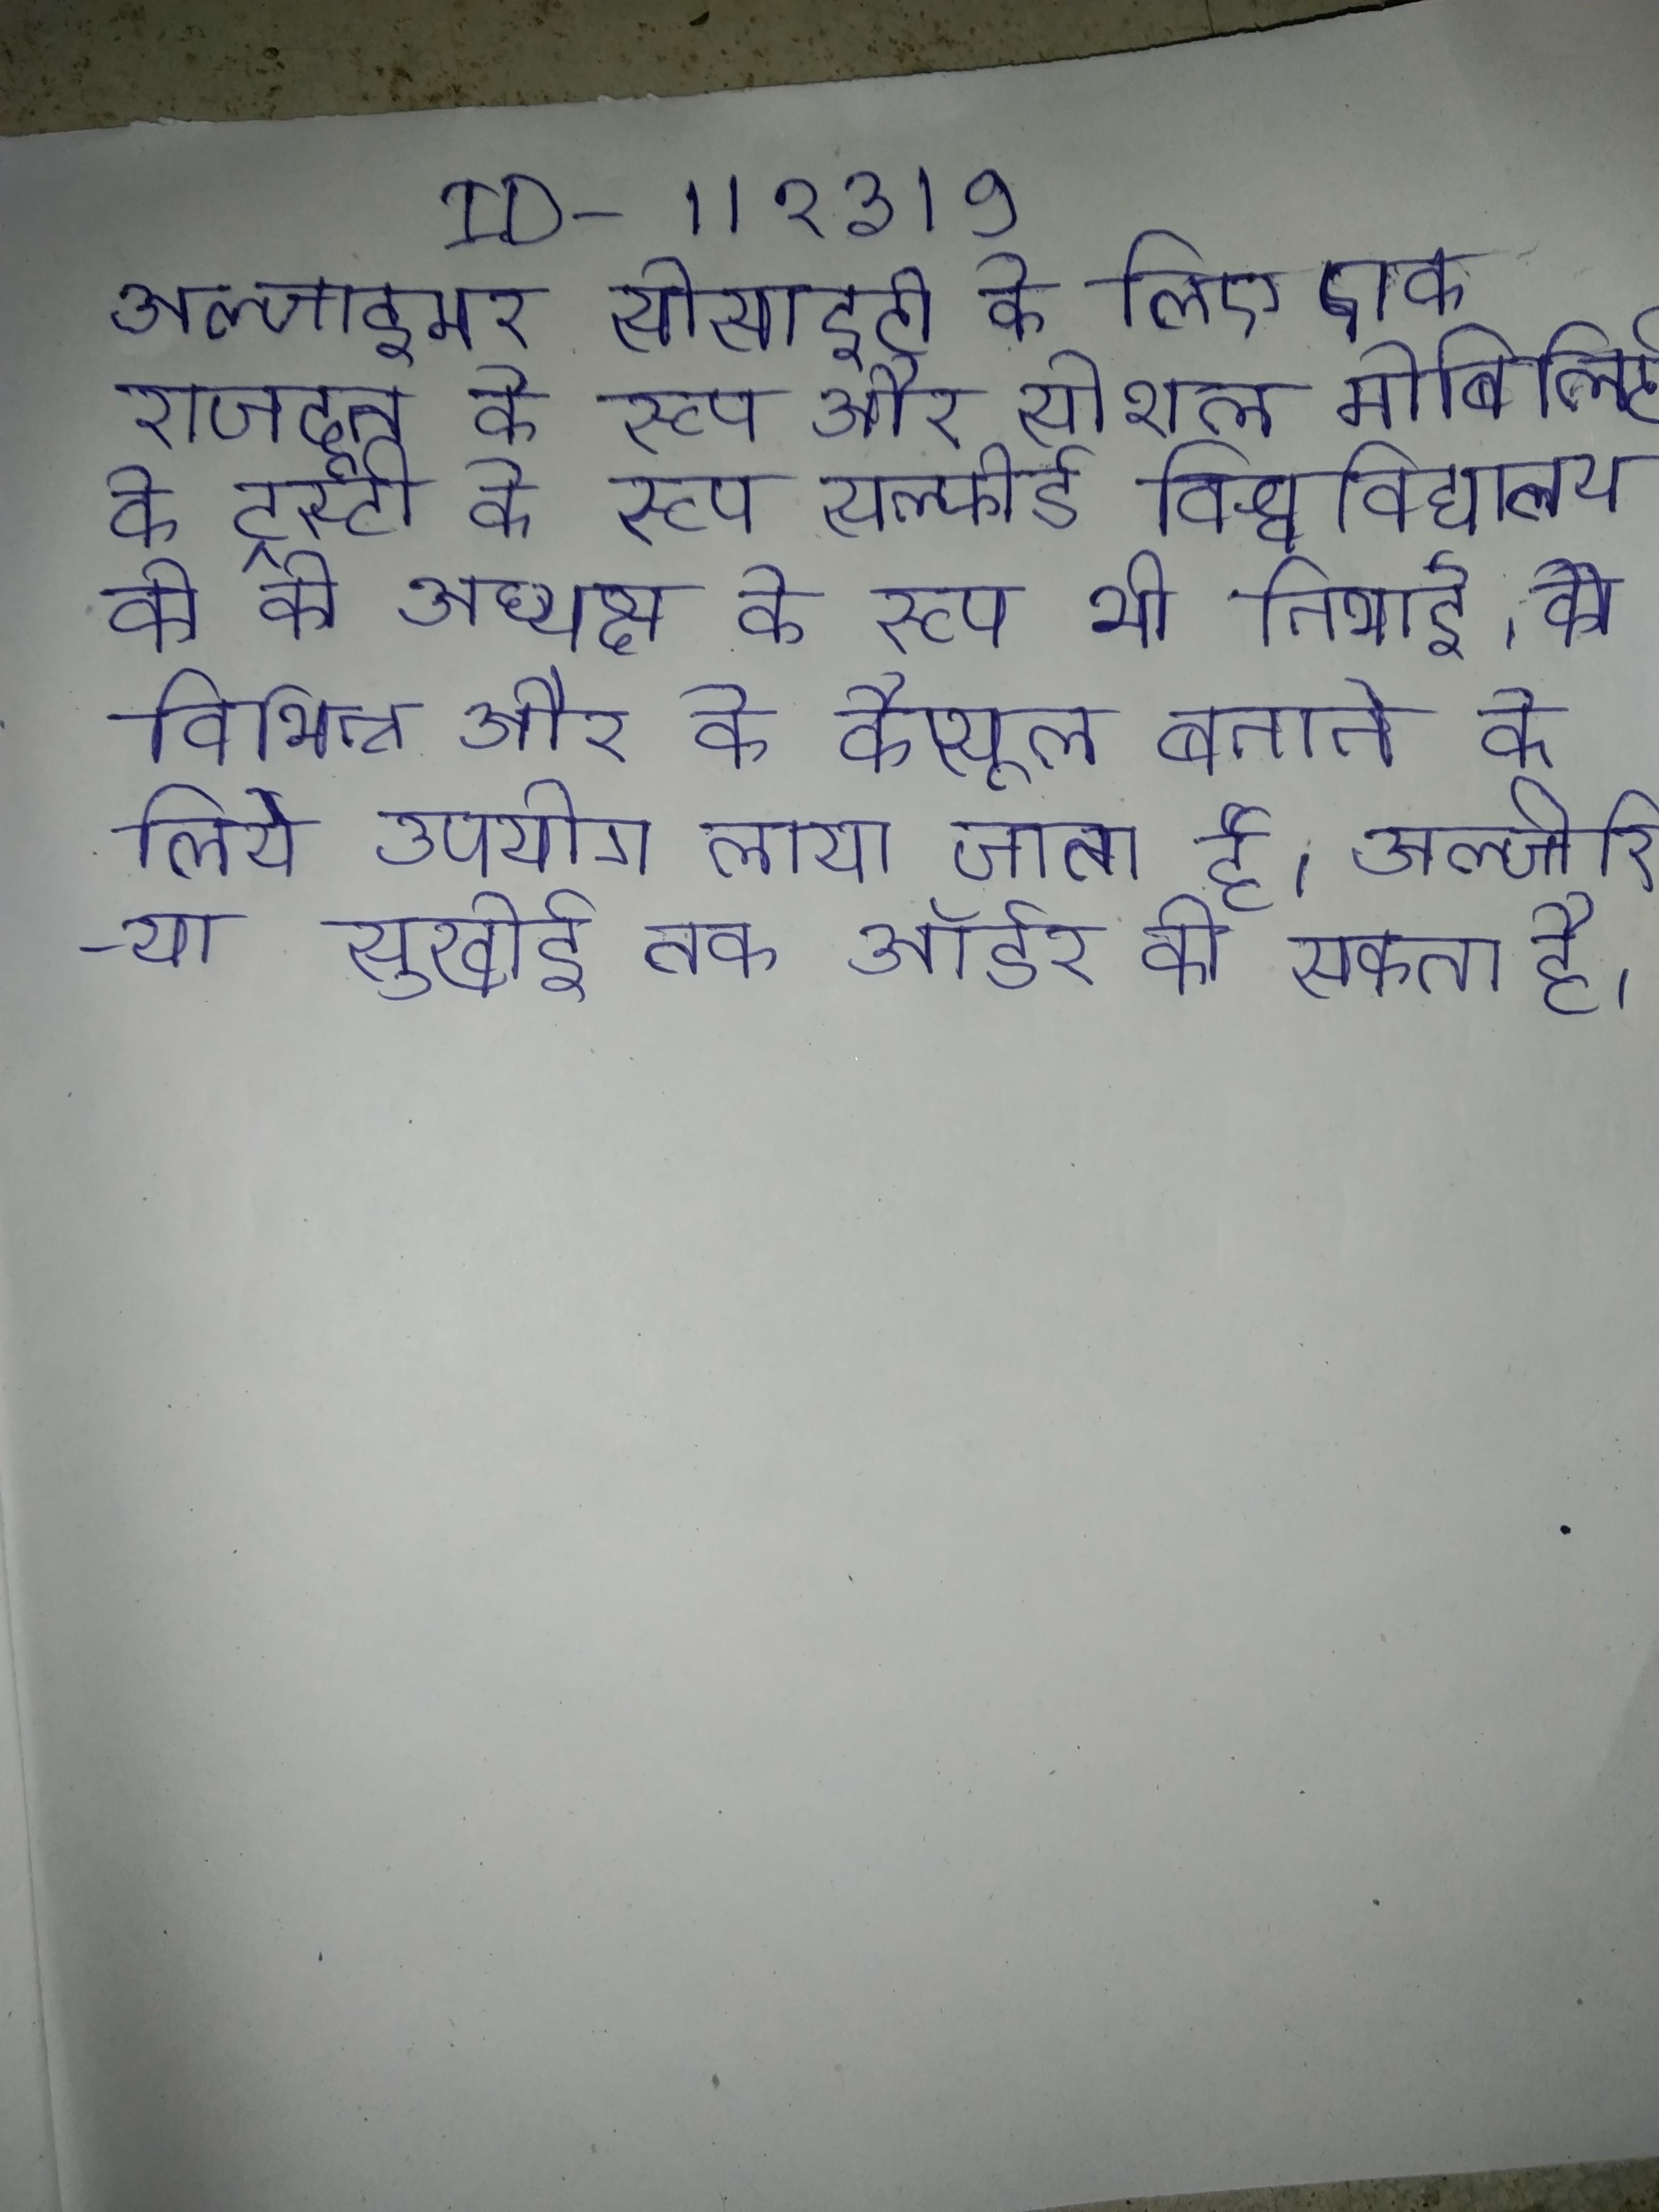
अल्जाइमर सोसाइटी के लिए एक राजदूत के रूप और सोशल मोबिलिटी के ट्रस्टी के रूप सल्फोर्ड विश्वविद्यालय के के अध्यक्ष के रूप भी निभाई । को विभिन्न और के कैप्सूल बनाने के लिये उपयोग लाया जाता है । अल्जीरिया सुखोई तक ऑर्डर को सकता है ।